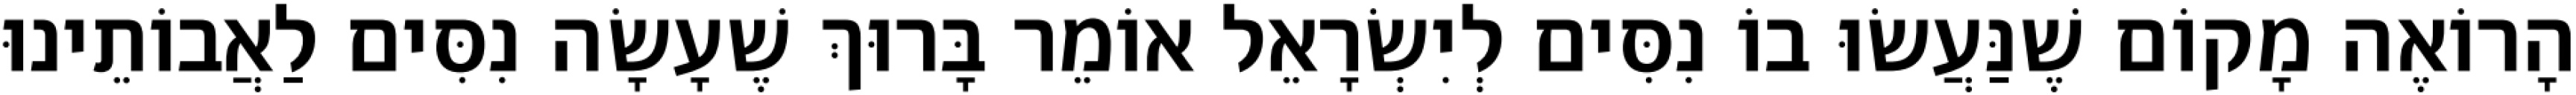
הָרוֹאֶה מָקוֹם שֶׁנַּעֲשׂוּ בוֹ נִסִּים לְיִשְׂרָאֵל אוֹמֵר בָּרוּךְ שֶׁעָשָׂה נִסִּים לַאֲבוֹתֵינוּ